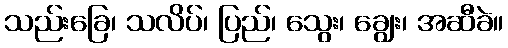
သည်းခြေ၊ သလိပ်၊ ပြည်၊ သွေး၊ ချွေး၊ အဆီခဲ။